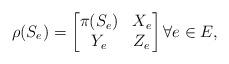
LaTeX: \begin{align*}\rho(S_e)=\begin{bmatrix}\pi(S_e) & X_e\\Y_e & Z_e\end{bmatrix} \forall e\in E,\end{align*}